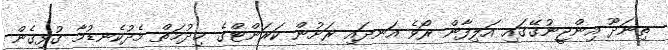
ތިނަދޫ އިންޖީނުގޭގައި އަލިފާން ރޯވެ އަނދައި ރަށުން ކަރަންޓްގެ ޚިދުމަތް މެދުކެނޑުމާ ގުޅިގެން